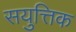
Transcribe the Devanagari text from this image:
सयुत्तिक